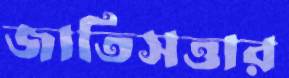
জাতিসত্তার